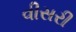
વીસરી